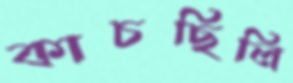
কাচছিলি